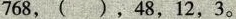
768，( )，48，12，3。